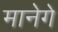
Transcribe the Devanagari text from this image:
मानेगे